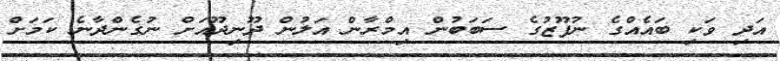
އަދި ވަކި ބައެއްގެ ނުފޫޒުގެ ސަބަބުން އިމްރާން އަލުން ދޫނިދޫއަށް ނުގެންދާނެ ކަމަށް